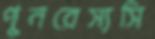
পুনরেস্যসি